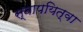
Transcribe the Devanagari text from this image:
स्नापयित्वा